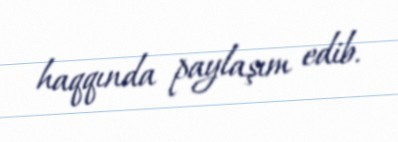
haqqında paylaşım edib.